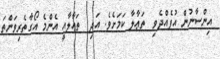
އިންސާނުން އުފެއްދެވި  ތަޢާލާ ކަމަށެވެ. އަދި  ތަޢާލާއީ އެންމެ އޯގާތެރިވަންތަ